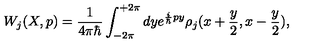
W _ { j } ( X , p ) = \frac { 1 } { 4 \pi \hbar } \int _ { - 2 \pi } ^ { + 2 \pi } d y e ^ { { \frac { i } { \hbar } } p y } \rho _ { j } ( x + { \frac { y } { 2 } } , x - { \frac { y } { 2 } } ) ,